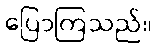
ပြောကြသည်။